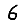
Digit: 6